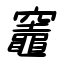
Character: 竈